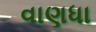
વાણધા